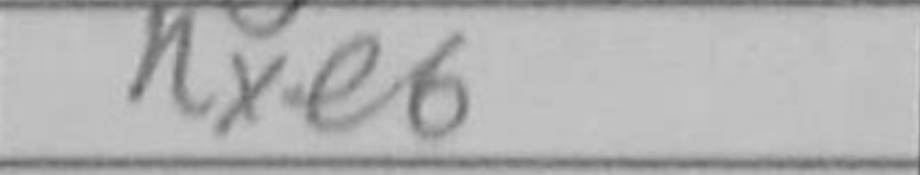
Transcription: Rxe6